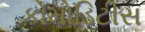
કોમોડિટીસ